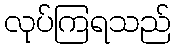
လုပ်ကြရသည်